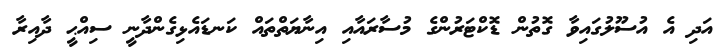
އަދި އެ އުސޫލުގައިވާ ގޮތުން ޑޮކްޓަރުންގެ މުސާރައާއި އިނާޔަތްތައް ކަނޑައެޅިގެންދާނީ ސިއްޙީ ދާއިރާ